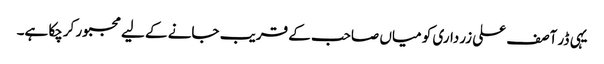
یہی ڈر آصف علی زرداری کو میاں صاحب کے قریب جانے کے لیے مجبور کرچکا ہے۔